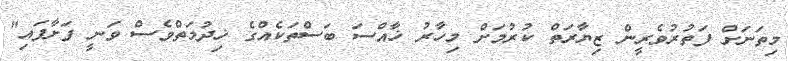
މިތަނަށް ފަތުރުވެރީން ޒިޔާރަތް ކުރުމަށް މިހާރު ޚާއްސަ ބަސްތަކެއްގެ ޚިދުމަތްވެސް ވަނީ ފަށާފައި"